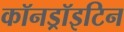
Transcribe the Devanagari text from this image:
कॉनड्रॉइटिन